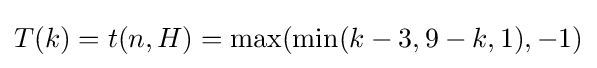
T(k)=t(n,H)=\max(\min(k-3,9-k,1),-1)